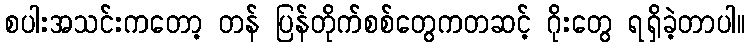
စပါးအသင်းကတော့ တန် ပြန်တိုက်စစ်တွေကတဆင့် ဂိုးတွေ ရရှိခဲ့တာပါ။